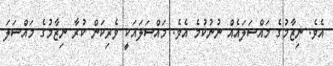
އެވެ. ނިޒާމުގެ މައްސަލައެއް ނުނުކުމެ އެވެ. މައްސަލައަކީ ވެރިކަން ކުރާ ނިޒާމުގެ މައްސަލަ